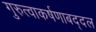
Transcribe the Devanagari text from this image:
गुरुत्वाकर्षणाबद्दल